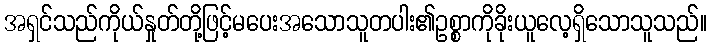
အရှင်သည်ကိုယ်နှုတ်တို့ဖြင့်မပေးအသောသူတပါး၏ဥစ္စာကိုခိုးယူလေ့ရှိသောသူသည်။